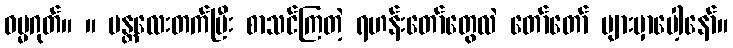
ဓမ္မဂုတ်။ ။ မန္တလေးတက်ပြီး စာသင်ကြတဲ့ ရဟန်းတော်တွေလဲ တော်တော် များမှာပေါ့နော်။